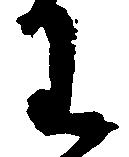
り